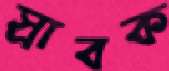
স্রাবক